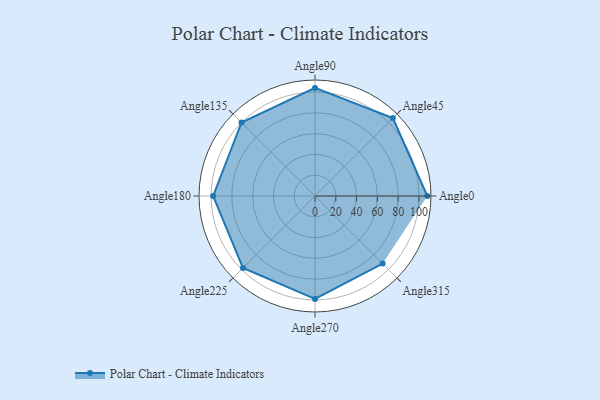
{"axis": {"x": "Angle", "y": "Radius"}, "legend": [""], "data": [{"x": "Angle0", "y": 108.0, "type": ""}, {"x": "Angle45", "y": 106.0, "type": ""}, {"x": "Angle90", "y": 104.0, "type": ""}, {"x": "Angle135", "y": 100.0, "type": ""}, {"x": "Angle180", "y": 98.0, "type": ""}, {"x": "Angle225", "y": 98.0, "type": ""}, {"x": "Angle270", "y": 99.0, "type": ""}, {"x": "Angle315", "y": 92.0, "type": ""}]}